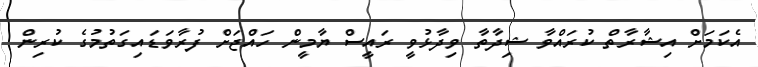
އެކަމަށް އިޝާރާތް ކުރައްވާ ޝިދާތާ ވިދާޅުވީ ރައީސް ޔާމީން ހައްޖަށް ފުރާވަޑައިގަތުމުގެ ކުރިން